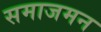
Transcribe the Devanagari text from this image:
समाजमन